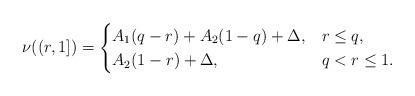
LaTeX: \begin{align*}\nu((r,1])=\begin{cases}A_1(q-r)+A_2(1-q)+\Delta,& r\le q, \\A_2(1-r)+\Delta,& q< r\le 1.\end{cases}\end{align*}